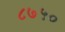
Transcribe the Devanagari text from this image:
८७५०